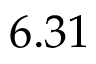
6 . 3 1